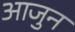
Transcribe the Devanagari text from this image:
आजुन